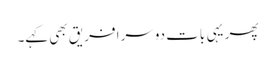
پھر یہی بات دوسرا فریق بھی کہے۔